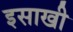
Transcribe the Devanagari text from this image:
इसाखी